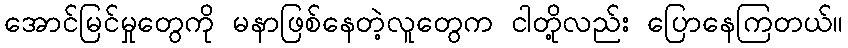
အောင်မြင်မှုတွေကို မနာဖြစ်နေတဲ့လူတွေက ငါတို့လည်း ပြောနေကြတယ်။